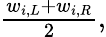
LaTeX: \begin{array}{r}{\frac{w_{i,L}+w_{i,R}}{2},}\end{array}